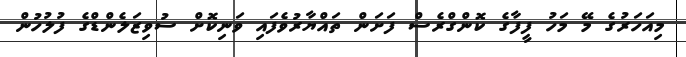
މިއަހަރުގެ މޭ މަހު ފީފާގެ ކޮންގްރެސް ފަށަން ތައްޔާރުވެފައި ވަނިކޮށް ސުވިޒަލެންޑްގެ ފުލުހުން